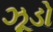
ઝૂડો